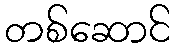
တစ်ဆောင်